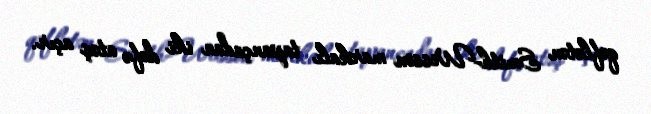
qəflətən Smith-Wesson markalı tapançadan iki dəfə atəş açır.